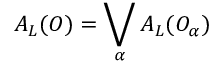
{ \cal A } _ { \cal L } ( { \cal O } ) = \bigvee _ { \alpha } { \cal A } _ { \cal L } ( { \cal O } _ { \alpha } )